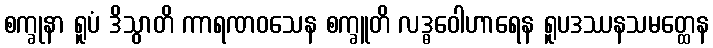
စက္ခုနာ ရူပံ ဒိသွာတိ ကာရဏဝသေန စက္ခူတိ လဒ္ဓဝေါဟာရေန ရူပဒဿနသမတ္ထေန